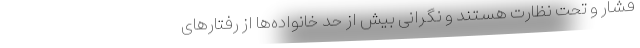
فشار و تحت نظارت هستند و نگرانی بیش از حد خانواده‌ها از رفتارهای